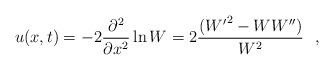
LaTeX: \begin{align*}u(x,t)=-2\frac{\partial ^2}{\partial x^2} \ln W =2 \frac{({W'}^2-WW'')}{W^2}~~,\end{align*}